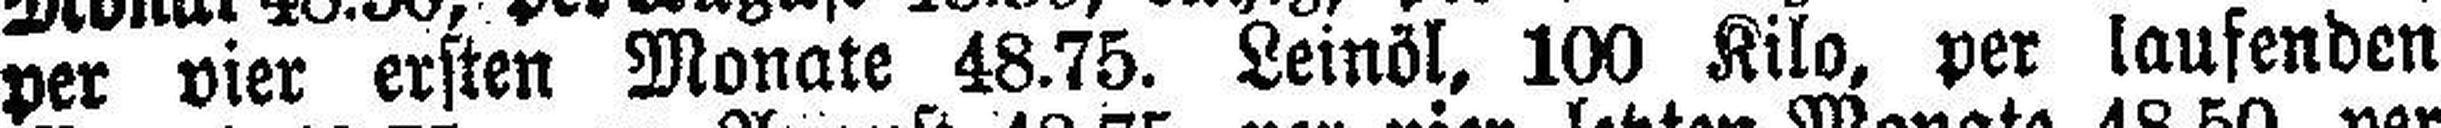
per vier ersten Monate 48.75. Leinöl, 100 Kilo, per laufenden